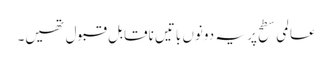
عالمی سطح پر یہ دونوں باتیں ناقابلِ قبول تھیں۔